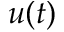
u ( t )